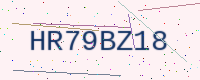
Text: HR79BZ18